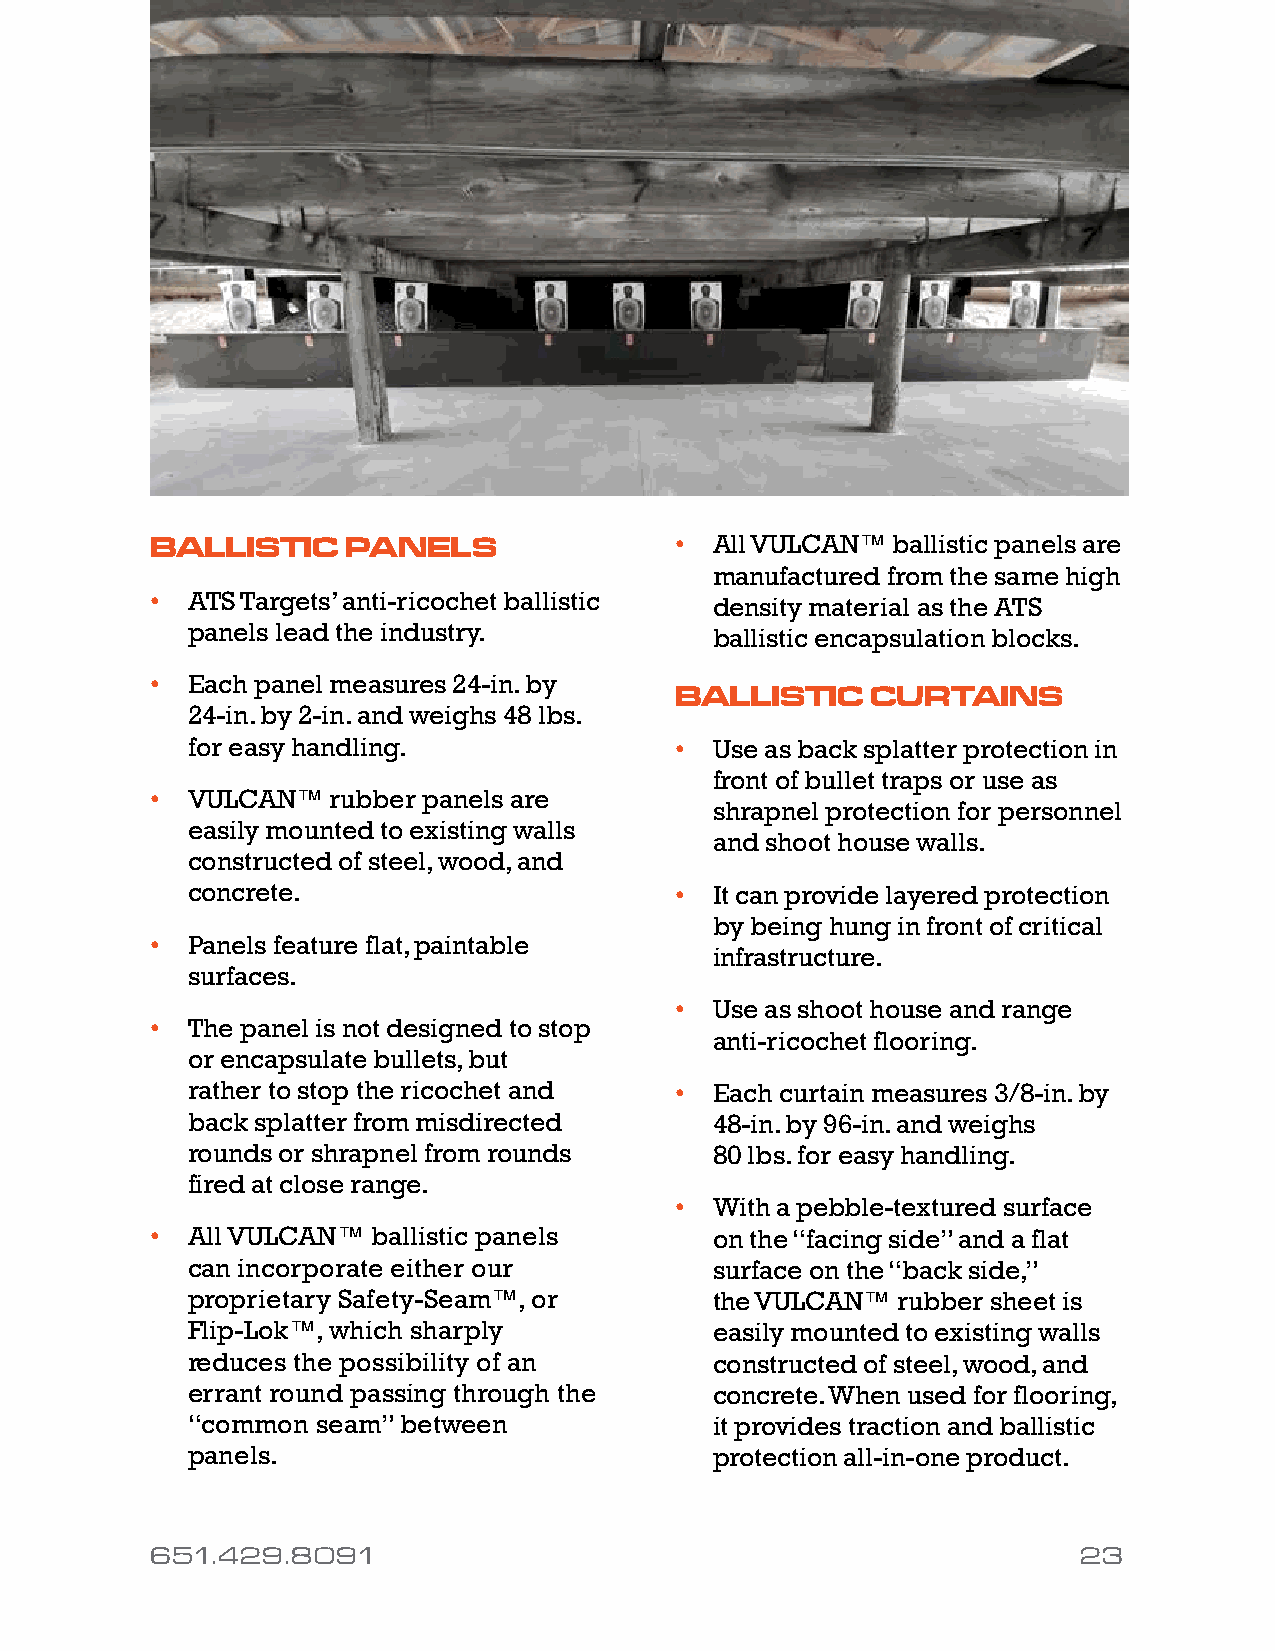
BALLISTIC    PANELS                • All VULCAN™ ballistic panels are
 manufactured from the same high
 • ATS Targets’ anti-ricochet ballistic
 density material as the ATS
 panels lead the industry.
 ballistic encapsulation blocks.
 • Each panel measures 24-in. by
 BALLISTIC    CURTAINS
 24-in. by 2-in. and weighs 48 lbs.
 for easy handling.               • Use as back splatter protection in
 front of bullet traps or use as
 • VULCAN™   rubber panels are
 shrapnel protection for personnel
 easily mounted to existing walls
 and shoot house walls.
 constructed of steel, wood, and
 concrete.                        • It can provide layered protection
 by being hung in front of critical
 • Panels feature flat, paintable
 infrastructure.
 surfaces.
 • Use as shoot house and range
 • The panel is not designed to stop
 anti-ricochet flooring.
 or encapsulate bullets, but
 rather to stop the ricochet and  • Each curtain measures 3/8-in. by
 back splatter from misdirected     48-in. by 96-in. and weighs
 rounds or shrapnel from rounds     80 lbs. for easy handling.
 fired at close range.
 • With a pebble-textured surface
 • All VULCAN™  ballistic panels      on the “facing side” and a flat
 can incorporate either our         surface on the “back side,”
 proprietary Safety-Seam™, or       the VULCAN™ rubber sheet is
 Flip-Lok™, which sharply           easily mounted to existing walls
 reduces the possibility of an      constructed of steel, wood, and
 errant round passing through the   concrete. When used for flooring,
 “common  seam” between             it provides traction and ballistic
 panels.                            protection all-in-one product.
 651.429.8091                                                 23